Scientific memoirs by medical officers of the Army of India - Part VI,
Year: 1891
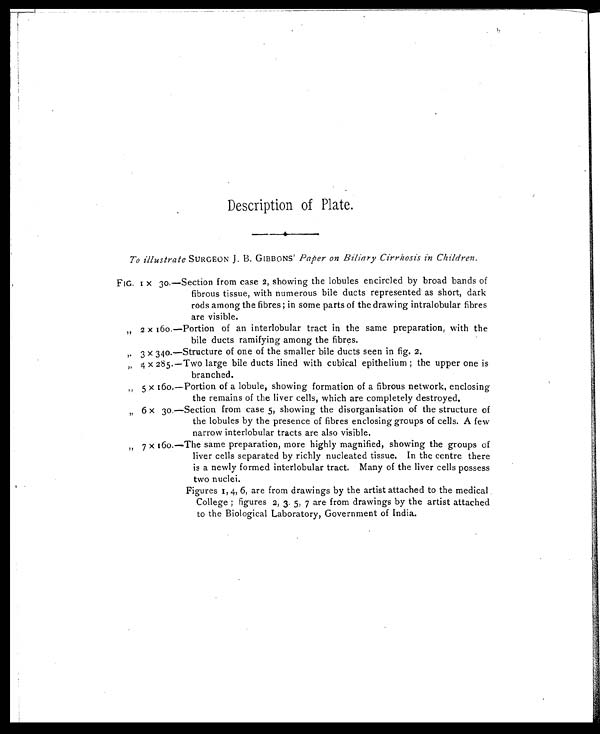
Description of Plate.
To illustrate SURGEON J. B. GIBBONS ' Paper on Biliary Cirrhosis in Children.
F I G . 1 x 3 0 . — S e c t i o n f r o m c a s e 2 , s h o w i n g t h e l o b u l e s e n c i r c l e d b y b r o a d b a n d s o f
fibrous tissue, with numerous bile ducts represented as short, dark
rods among the fibres ; in some parts of the drawing intralobular fibres
are visible.
„ 2 x 160.—Portion of an interlobular tract in the same preparation, with the
bile ducts ramifying among the fibres.
,, 3 x 340.—Structure of one of the smaller bile ducts seen in fig. 2.
„ 4 x 285.—Two large bile ducts lined with cubical epithelium ; the upper one is
branched.
„ 5 x 160.—Portion of a lobule, showing formation of a fibrous network, enclosing
the remains of the liver cells, which are completely destroyed.
,, 6 x 30.—Section from case 5, showing the disorganisation of the structure of
the lobules by the presence of fibres enclosing groups of cells. A few
narrow interlobular tracts are also visible.
„ 7 x 16o.—The same preparation, more highly magnified, showing the groups of
liver cells separated by richly nucleated tissue. In the centre there
is a newly formed interlobular tract. Many of the liver cells possess
two nuclei.
Figures 1, 4, 6, are from drawings by the artist attached to the medical
College ; figures 2, 3. 5, 7 are from drawings by the artist attached
to the Biological Laboratory, Government of India.